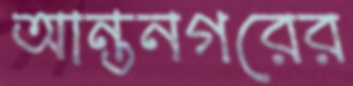
আন্তনগরের